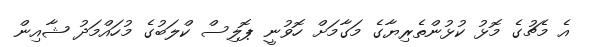
އެ މެޗުގެ މޮޅު ކުޅުންތެރިޔާގެ މަގާމަށް ހޮވުނީ ޕޮލިސް ކްލަބުގެ މުހައްމަދު ޝާއިން